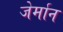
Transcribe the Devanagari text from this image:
जेर्मान